Civil Veterinary Dept. Bombay admin report 1923-31 - 1923-1931
Year: 1923
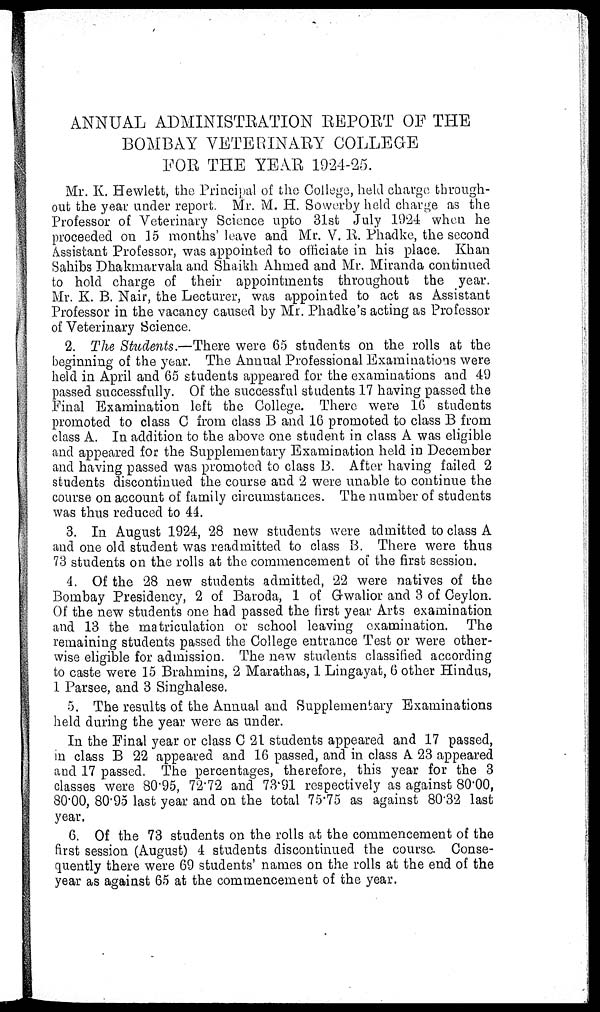
ANNUAL ADMINISTRATION REPORT OF THE
BOMBAY VETERINARY COLLEGE
FOR THE YEAR 1924-25.
Mr. K. Hewlett, the Principal of the College, held charge through-
out the year under report. Mr. M. H. Sowerby held charge as the
Professor of Veterinary Science upto 31st July 1924 when he
proceeded on 15 months' leave and Mr. V. R. Phadke, the second
Assistant Professor, was appointed to officiate in his place. Khan
Sahibs Dhakmarvala and Shaikh Ahmed and Mr. Miranda continued
to hold charge of their appointments throughout the year.
Mr. K. B. Nair, the Lecturer, was appointed to act as Assistant
Professor in the vacancy caused by Mr. Phadke's acting as Professor
of Veterinary Science.
2. The Students.—There were 65 students on the rolls at the
beginning of the year. The Annual Professional Examinations were
held in April and 65 students appeared for the examinations and 49
passed successfully. Of the successful students 17 having passed the
Final Examination left the College. There were 16 students
promoted to class C from class B and 16 promoted to class B from
class A. In addition to the above one student in class A was eligible
and appeared for the Supplementary Examination held in December
and having passed was promoted to class B. After having failed 2
students discontinued the course and 2 were unable to continue the
course on account of family circumstances. The number of students
was thus reduced to 44.
3. In August 1924, 28 new students were admitted to class A
and one old student was readmitted to class B. There were thus
73 students on the rolls at the commencement of the first session.
4. Of the 28 new students admitted, 22 were natives of the
Bombay Presidency, 2 of Baroda, 1 of Gwalior and 3 of Ceylon.
Of the new students one had passed the first year Arts examination
and 13 the matriculation or school leaving examination. The
remaining students passed the College entrance Test or were other-
wise eligible for admission. The new students classified according
to caste were 15 Brahmins, 2 Marathas, 1 Lingayat, 6 other Hindus,
1 Parsee, and 3 Singhalese.
5. The results of the Annual and Supplementary Examinations
held during the year were as under.
In the Final year or class C 21 students appeared and 17 passed,
in class B 22 appeared and 16 passed, and in class A. 23 appeared
and 17 passed. The percentages, therefore, this year for the 3
classes were 80.95, 72.72 and 73.91 respectively as against 80.00,
80.00, 80.95 last year and on the total 75.75 as against 80.32 last
year.
6. Of the 73 students on the rolls at the commencement of the
first session (August) 4 students discontinued the course. Conse-
quently there were 69 students' names on the rolls at the end of the
year as against 65 at the commencement of the year.